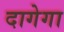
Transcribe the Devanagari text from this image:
दागेगा